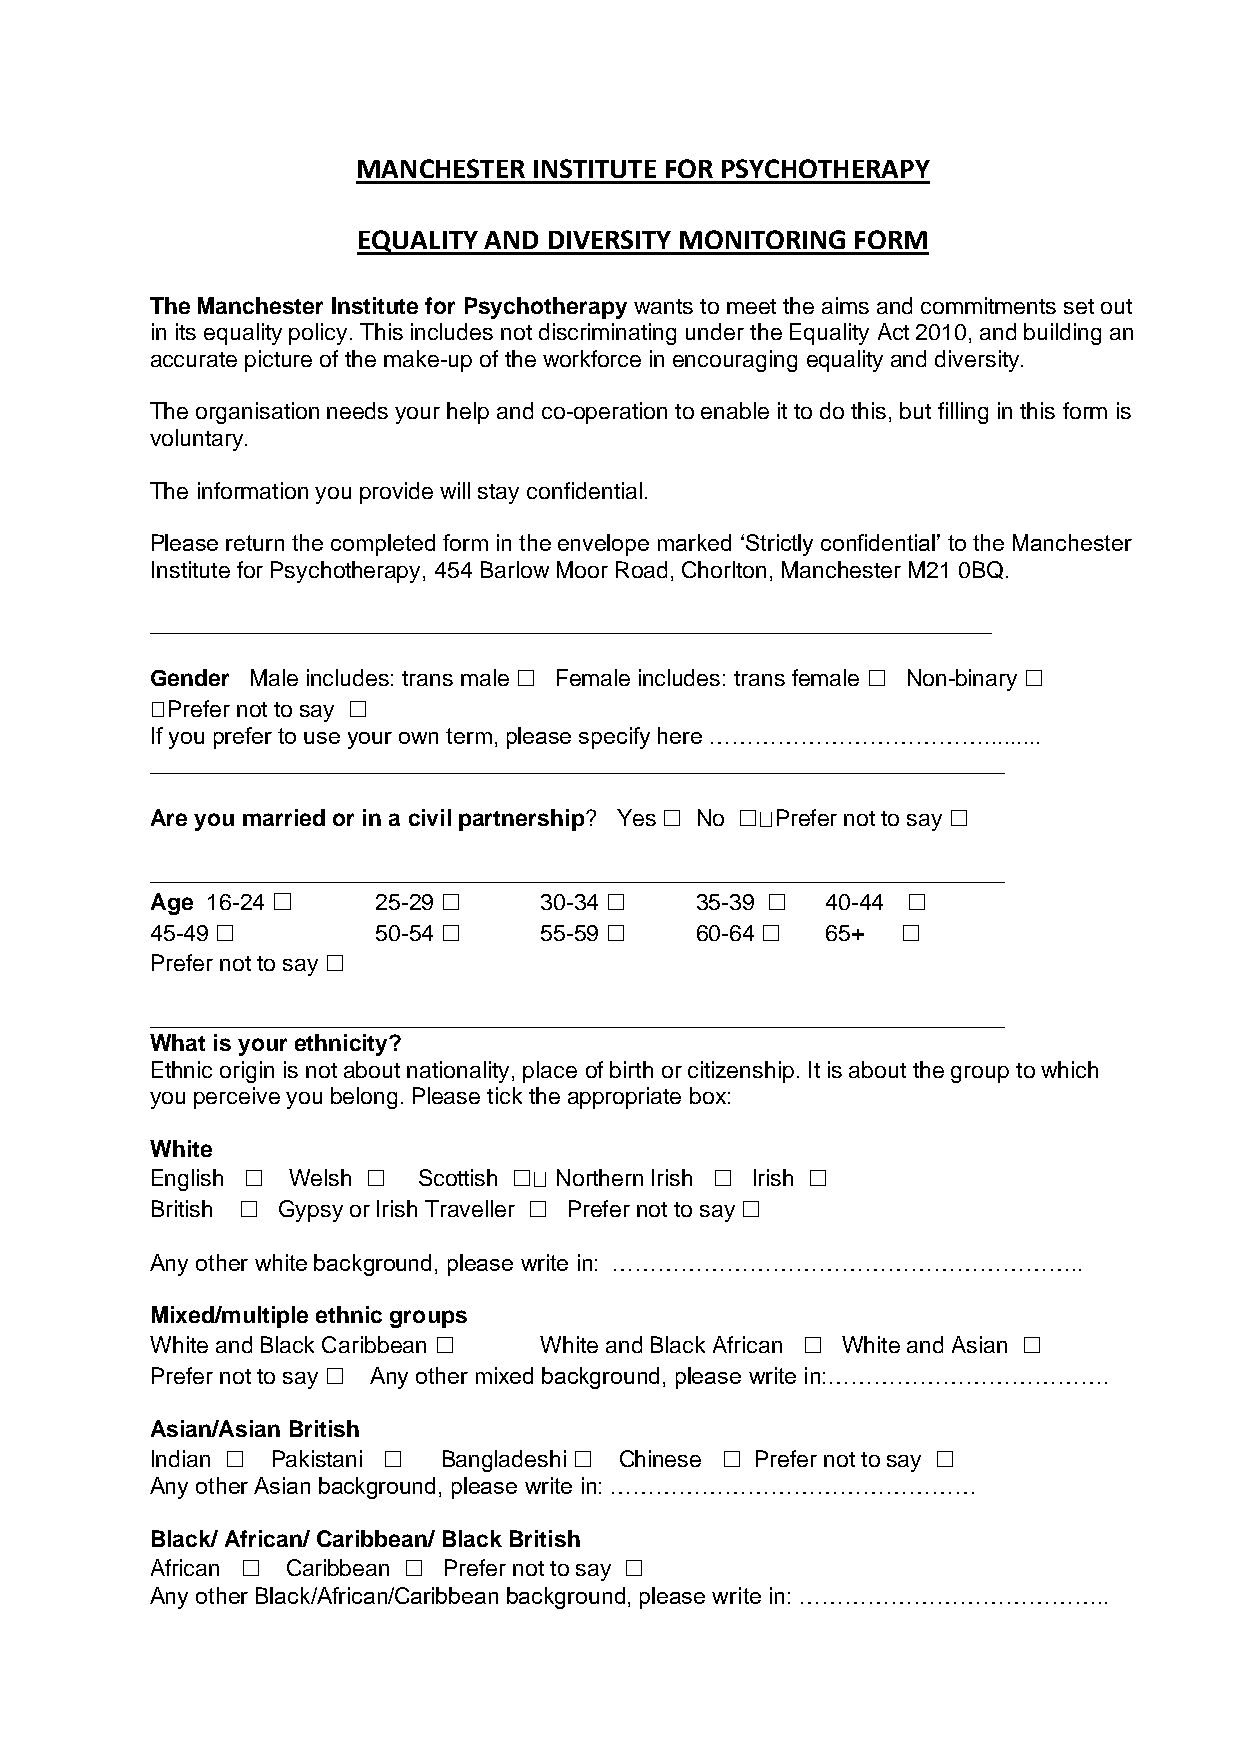
MANCHESTER INSTITUTE FOR PSYCHOTHERAPY
 EQUALITY AND DIVERSITY MONITORING FORM
 The Manchester Institute for Psychotherapy wants to meet the aims and commitments set out
 in its equality policy. This includes not discriminating under the Equality Act 2010, and building an
 accurate picture of the make-up of the workforce in encouraging equality and diversity.
 The organisation needs your help and co-operation to enable it to do this, but filling in this form is
 voluntary.
 The information you provide will stay confidential.
 Please return the completed form in the envelope marked ‘Strictly confidential’ to the Manchester
 Institute for Psychotherapy, 454 Barlow Moor Road, Chorlton, Manchester M21 0BQ.
 __________________________________________________________________
 Gender Male includes: trans male ☐ Female includes: trans female ☐ Non-binary ☐
 Prefer not to say ☐
 If you prefer to use your own term, please specify here ……………………………….........
 ___________________________________________________________________
 Are you married or in a civil partnership? Yes ☐ No ☐ Prefer not to say ☐
 ___________________________________________________________________
 Age 16-24 ☐    25-29 ☐    30-34 ☐   35-39 ☐  40-44 ☐
 45-49 ☐        50-54 ☐    55-59 ☐   60-64 ☐  65+  ☐
 Prefer not to say ☐
 ___________________________________________________________________
 What is your ethnicity?
 Ethnic origin is not about nationality, place of birth or citizenship. It is about the group to which
 you perceive you belong. Please tick the appropriate box:
 White
 English ☐ Welsh ☐ Scottish ☐ Northern Irish ☐ Irish ☐
 British ☐ Gypsy or Irish Traveller ☐ Prefer not to say ☐
 Any other white background, please write in: ……………………………………………………..
 Mixed/multiple ethnic groups
 White and Black Caribbean ☐ White and Black African ☐ White and Asian ☐
 Prefer not to say ☐ Any other mixed background, please write in:……………………………….
 Asian/Asian British
 Indian ☐ Pakistani ☐ Bangladeshi ☐ Chinese ☐ Prefer not to say ☐
 Any other Asian background, please write in: …………………………………………
 Black/ African/ Caribbean/ Black British
 African ☐ Caribbean ☐ Prefer not to say ☐
 Any other Black/African/Caribbean background, please write in: …………………………………..